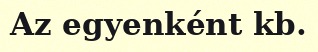
Az egyenként kb.